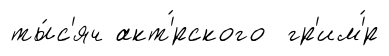
ты́с'яч акт'́рского гр'им'́р